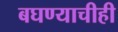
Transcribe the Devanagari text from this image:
बघण्याचीही